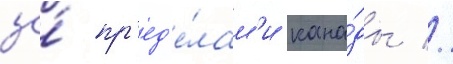
за́ пр'ед'е́лам'и кана́ды //